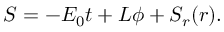
S = - { \cal { E } } _ { 0 } t + { \cal { L } } \phi + S _ { r } ( r ) .